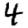
Digit: 4